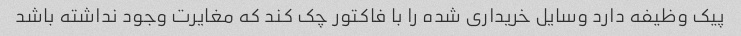
پیک وظیفه دارد وسایل خریداری شده را با فاکتور چک کند که مغایرت وجود نداشته باشد